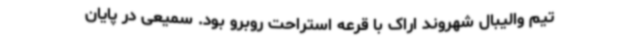
تیم والیبال شهروند اراک با قرعه استراحت روبرو بود. سمیعی در پایان